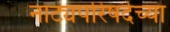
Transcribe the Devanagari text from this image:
नाट्यपरिषदेच्या